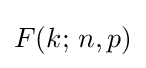
F(k;\,n,p)